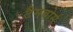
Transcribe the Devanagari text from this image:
टैमबोर्स